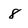
Character: 8